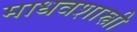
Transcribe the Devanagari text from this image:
माधवशास्त्री